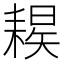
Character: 𦔈